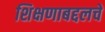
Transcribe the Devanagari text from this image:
शिक्षणाबद्दलचे